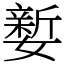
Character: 㜪